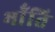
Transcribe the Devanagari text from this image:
भॉंति